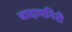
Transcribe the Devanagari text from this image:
बादामगिरी